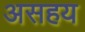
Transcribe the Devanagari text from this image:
असहय